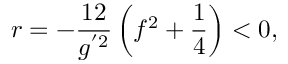
r = - \frac { 1 2 } { g ^ { ' 2 } } \left( f ^ { 2 } + \frac { 1 } { 4 } \right) < 0 ,